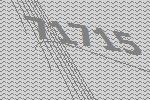
71715